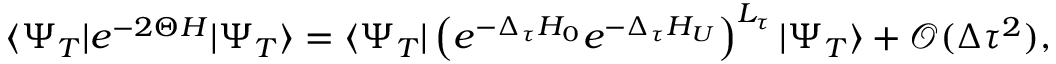
\langle \Psi _ { T } | e ^ { - 2 \Theta H } | \Psi _ { T } \rangle = \langle \Psi _ { T } | \left( e ^ { - \Delta _ { \tau } H _ { 0 } } e ^ { - \Delta _ { \tau } H _ { U } } \right) ^ { L _ { \tau } } | \Psi _ { T } \rangle + \mathcal { O } ( \Delta { \tau } ^ { 2 } ) ,